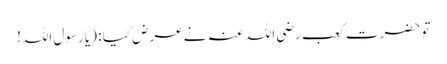
تو حضرت کعب رضی اللہ عنہ نے عرض کیا : (یا رسول اللہ!